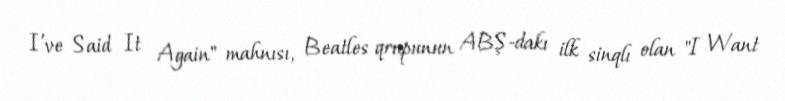
I’ve Said It Again" mahnısı, Beatles qrupunun ABŞ-dakı ilk sinqlı olan "I Want